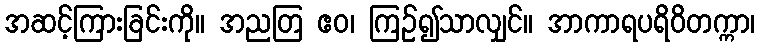
အဆင့်ကြားခြင်းကို။ အညတြ ဧဝ၊ ကြဉ်၍သာလျှင်။ အာကာရပရိဝိတက္ကာ၊